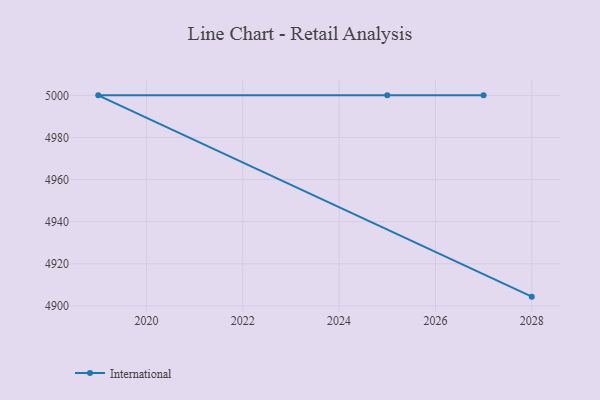
{"axis": {"x": "Year", "y": "Waste Production (Tons)"}, "legend": ["International"], "data": [{"x": "2028", "y": 4904.4, "type": "International"}, {"x": "2019", "y": 5000, "type": "International"}, {"x": "2025", "y": 5000, "type": "International"}, {"x": "2027", "y": 5000, "type": "International"}]}